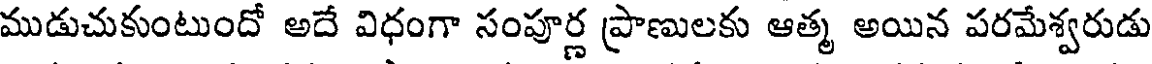
ముడుచుకుంటుందో అదే విధంగా సంపూర్ణ ప్రాణులకు ఆత్మ అయిన పరమేశ్వరుడు